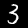
Digit: 3